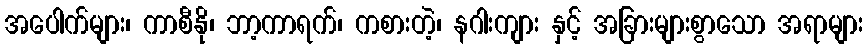
အပေါက်များ၊ ကာစီနို၊ ဘာ့ကာရက်၊ ကစားတဲ့၊ နဂါးကျား နှင့် အခြားများစွာသော အရာများ